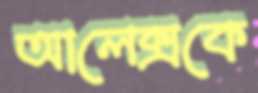
আলেক্সকে